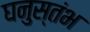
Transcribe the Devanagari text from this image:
घनुस्तंभ